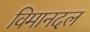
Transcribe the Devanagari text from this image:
विमानदल